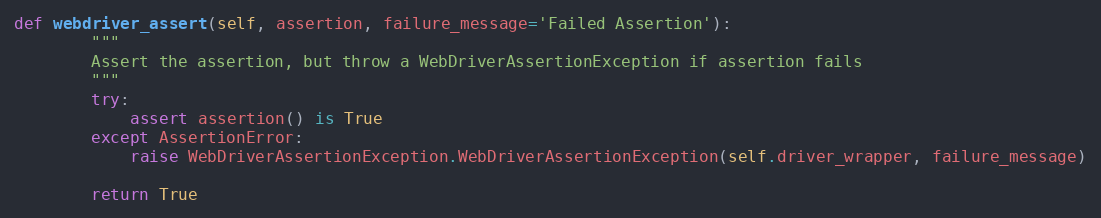
Language: Python
def webdriver_assert(self, assertion, failure_message='Failed Assertion'):
        """
        Assert the assertion, but throw a WebDriverAssertionException if assertion fails
        """
        try:
            assert assertion() is True
        except AssertionError:
            raise WebDriverAssertionException.WebDriverAssertionException(self.driver_wrapper, failure_message)

        return True